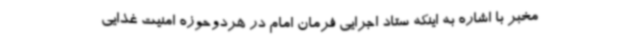
مخبر با اشاره به اینکه ستاد اجرایی فرمان امام در هردوحوزه امنیت غذایی